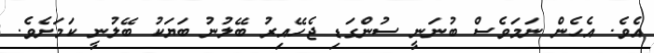
އެވެ. އެހެން ނަމަވެސް ބުނަނީ ސުންގަޑި ޖެހޭއިރު ބޭލުނު ބަޔަކު ބޭލުނީ ކަމަށެވެ.